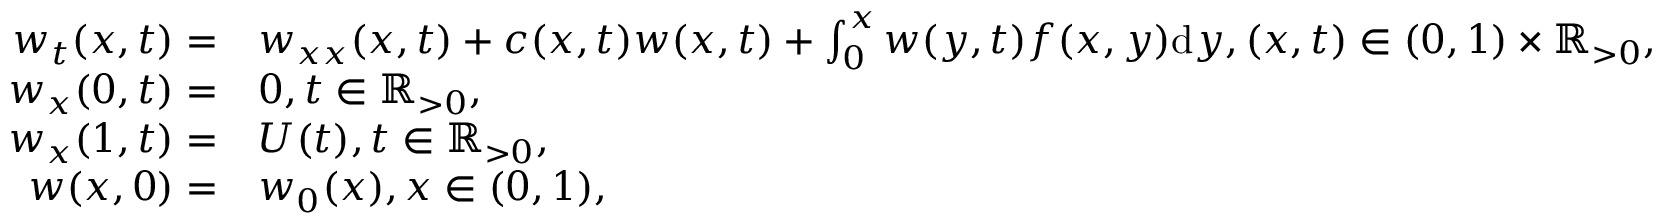
\begin{array} { r l } { w _ { t } ( x , t ) = } & { w _ { x x } ( x , t ) + c ( x , t ) w ( x , t ) + \int _ { 0 } ^ { x } w ( y , t ) f ( x , y ) \mathrm { d } y , ( x , t ) \in ( 0 , 1 ) \times { \mathbb { R } _ { > 0 } } , } \\ { w _ { x } ( 0 , t ) = } & { 0 , t \in { \mathbb { R } _ { > 0 } } , } \\ { w _ { x } ( 1 , t ) = } & { U ( t ) , t \in { \mathbb { R } _ { > 0 } } , } \\ { w ( x , 0 ) = } & { w _ { 0 } ( x ) , x \in ( 0 , 1 ) , } \end{array}